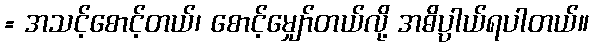
= အသင့်စောင့်တယ်၊ စောင့်မျှော်တယ်လို့ အဓိပ္ပာယ်ရပါတယ်။